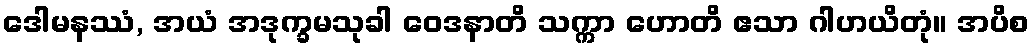
ဒေါမနဿံ, အယံ အဒုက္ခမသုခါ ဝေဒနာတိ သက္ကာ ဟောတိ ဧသာ ဂါဟယိတုံ။ အပိစ